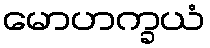
မောဟက္ခယံ